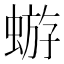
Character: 蝣